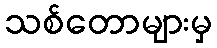
သစ်တောများမှ